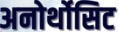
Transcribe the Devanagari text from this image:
अनोर्थोसिट